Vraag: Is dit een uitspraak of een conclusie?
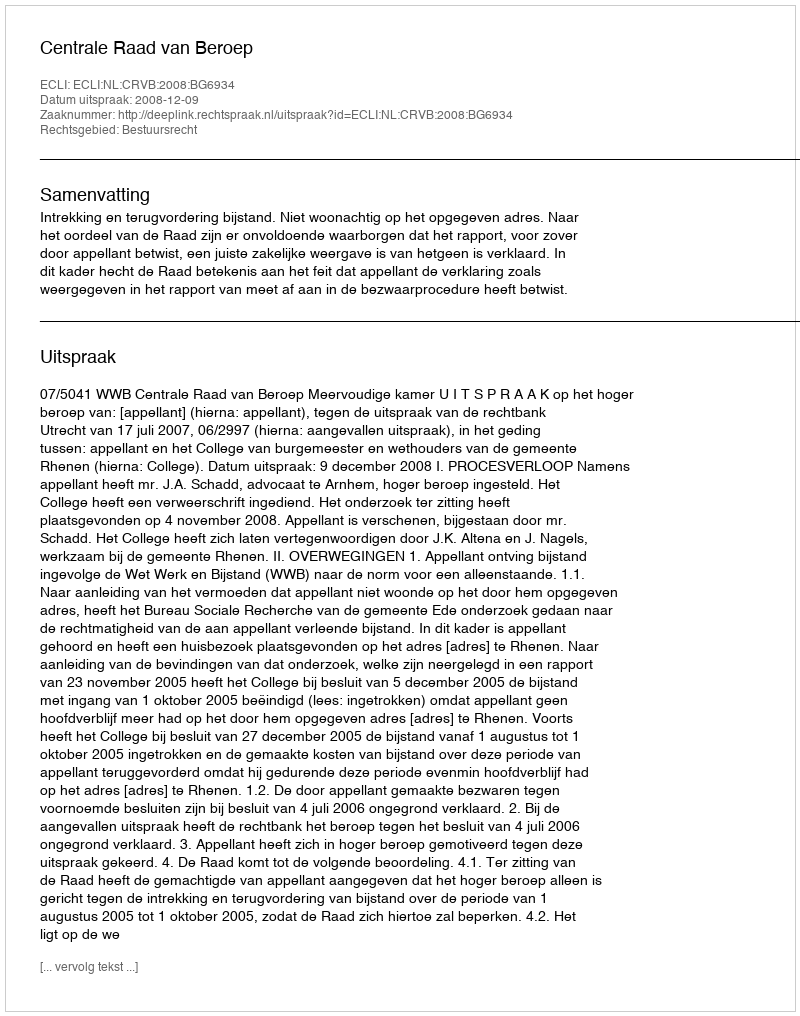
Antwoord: Uitspraak